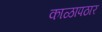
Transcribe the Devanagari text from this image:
काळापठार